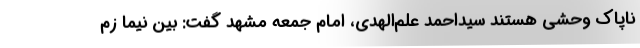
ناپاک وحشی هستند سیداحمد علم‌الهدی، امام جمعه مشهد گفت: بین نیما زم